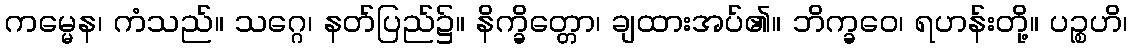
ကမ္မေန၊ ကံသည်။ သဂ္ဂေ၊ နတ်ပြည်၌။ နိက္ခိတ္တော၊ ချထားအပ်၏။ ဘိက္ခဝေ၊ ရဟန်းတို့။ ပဉ္စဟိ၊